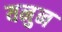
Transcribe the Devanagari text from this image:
यनुन